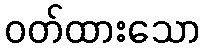
ဝတ်ထားသော